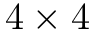
4 \times 4